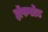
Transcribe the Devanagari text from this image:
हॉफस्टेड